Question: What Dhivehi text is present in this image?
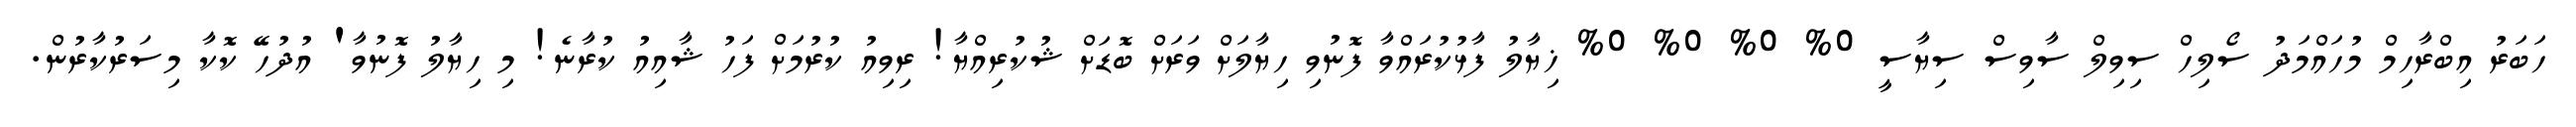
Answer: ހަބަރު އިބްރާހިމް މުހައްމަދު ސޯލިހް ސިވިލް ސާވިސް ސިޔާސީ 0% 0% 0% 0% ޚިޔާލު ފާޅުކުރައްވާ ފޮނުވި ހިޔާލަށް ވަރަށް ބޮޑަށް ޝުކުރިއްޔާ! ރިވިއު ކުރުމަށް ފަހު ޝާއިއު ކުރާނެ! މި ހިޔާލު ފޮނުވާ' އުދުހޭ ކޮކާ މިސަރުކާރުން.